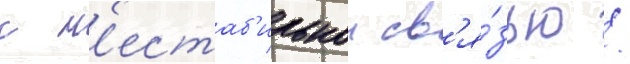
с н'естаб'ильнои св'я́зью /